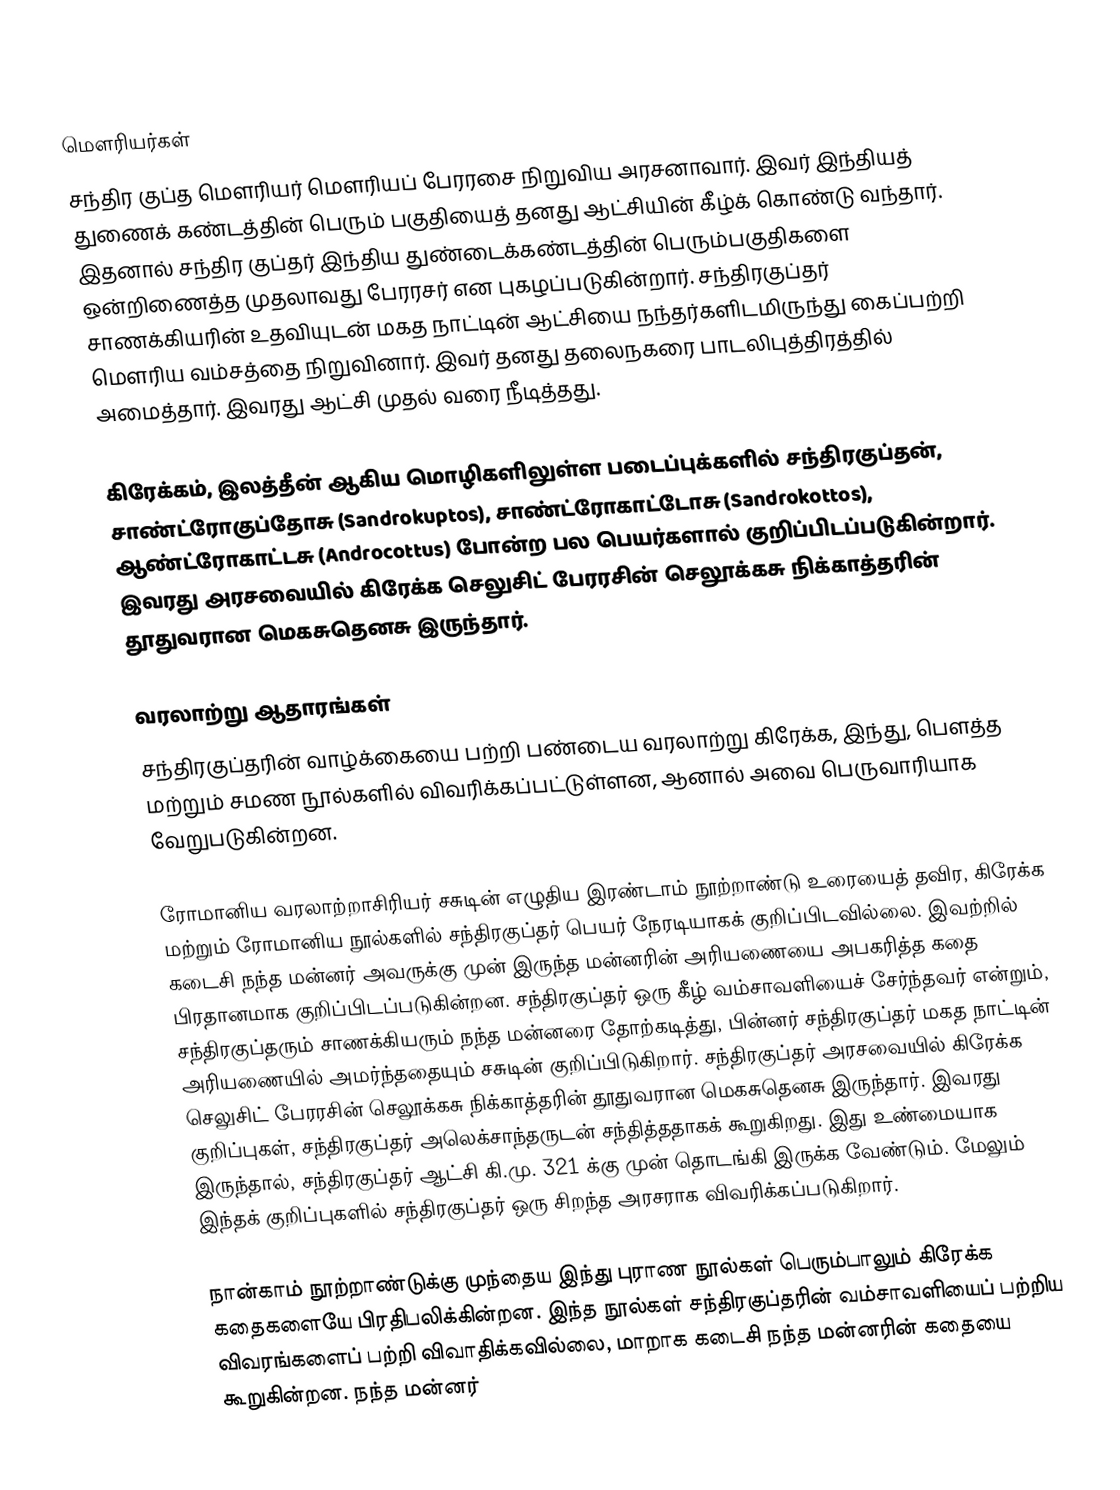
மௌரியர்கள்
சந்திர குப்த மௌரியர் மௌரியப் பேரரசை நிறுவிய அரசனாவார். இவர் இந்தியத் துணைக் கண்டத்தின் பெரும் பகுதியைத் தனது ஆட்சியின் கீழ்க் கொண்டு வந்தார். இதனால் சந்திர குப்தர் இந்திய துண்டைக்கண்டத்தின் பெரும்பகுதிகளை ஒன்றிணைத்த முதலாவது பேரரசர் என புகழப்படுகின்றார். சந்திரகுப்தர் சாணக்கியரின் உதவியுடன் மகத நாட்டின் ஆட்சியை நந்தர்களிடமிருந்து கைப்பற்றி மௌரிய வம்சத்தை நிறுவினார். இவர் தனது தலைநகரை பாடலிபுத்திரத்தில் அமைத்தார். இவரது ஆட்சி  முதல்   வரை நீடித்தது.

கிரேக்கம், இலத்தீன் ஆகிய மொழிகளிலுள்ள படைப்புக்களில் சந்திரகுப்தன், சாண்ட்ரோகுப்தோசு  (Sandrokuptos),  சாண்ட்ரோகாட்டோசு  (Sandrokottos), ஆண்ட்ரோகாட்டசு  (Androcottus) போன்ற பல பெயர்களால் குறிப்பிடப்படுகின்றார். இவரது அரசவையில் கிரேக்க செலுசிட் பேரரசின் செலூக்கசு நிக்காத்தரின் தூதுவரான மெகசுதெனசு இருந்தார்.

வரலாற்று ஆதாரங்கள்
சந்திரகுப்தரின் வாழ்க்கையை பற்றி பண்டைய வரலாற்று கிரேக்க, இந்து, பௌத்த மற்றும் சமண நூல்களில் விவரிக்கப்பட்டுள்ளன, ஆனால் அவை பெருவாரியாக வேறுபடுகின்றன.

ரோமானிய வரலாற்றாசிரியர் சசுடின் எழுதிய இரண்டாம் நூற்றாண்டு உரையைத் தவிர, கிரேக்க மற்றும் ரோமானிய நூல்களில் சந்திரகுப்தர் பெயர் நேரடியாகக் குறிப்பிடவில்லை. இவற்றில் கடைசி நந்த மன்னர் அவருக்கு முன் இருந்த மன்னரின் அரியணையை அபகரித்த கதை பிரதானமாக குறிப்பிடப்படுகின்றன. சந்திரகுப்தர் ஒரு கீழ் வம்சாவளியைச் சேர்ந்தவர் என்றும், சந்திரகுப்தரும்  சாணக்கியரும் நந்த மன்னரை தோற்கடித்து, பின்னர் சந்திரகுப்தர் மகத நாட்டின் அரியணையில் அமர்ந்ததையும் சசுடின் குறிப்பிடுகிறார். சந்திரகுப்தர் அரசவையில் கிரேக்க செலுசிட் பேரரசின் செலூக்கசு நிக்காத்தரின் தூதுவரான மெகசுதெனசு இருந்தார். இவரது குறிப்புகள், சந்திரகுப்தர் அலெக்சாந்தருடன் சந்தித்ததாகக் கூறுகிறது. இது உண்மையாக இருந்தால், சந்திரகுப்தர் ஆட்சி கி.மு. 321 க்கு முன் தொடங்கி இருக்க வேண்டும். மேலும் இந்தக் குறிப்புகளில் சந்திரகுப்தர் ஒரு சிறந்த அரசராக விவரிக்கப்படுகிறார்.

நான்காம் நூற்றாண்டுக்கு முந்தைய இந்து புராண நூல்கள் பெரும்பாலும் கிரேக்க கதைகளையே பிரதிபலிக்கின்றன. இந்த நூல்கள் சந்திரகுப்தரின் வம்சாவளியைப் பற்றிய விவரங்களைப் பற்றி விவாதிக்கவில்லை, மாறாக கடைசி நந்த மன்னரின் கதையை கூறுகின்றன. நந்த மன்னர்